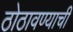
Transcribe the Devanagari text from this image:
ठोठावण्याची